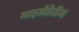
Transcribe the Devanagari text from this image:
माइथ्रेडेटीज